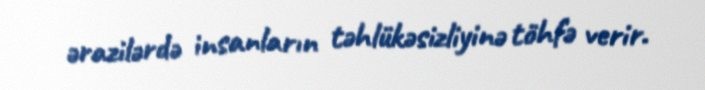
ərazilərdə insanların təhlükəsizliyinə töhfə verir.